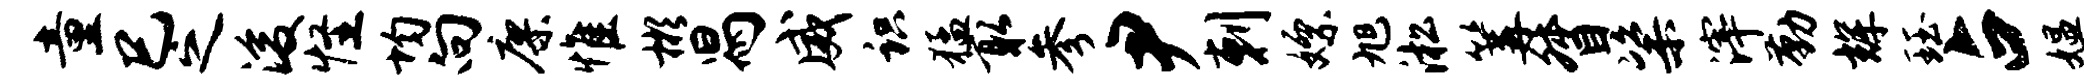
童巳之浚怪均向廖惟彬舄威识猛取参尹剌嫖旭淞篝督粢滓勤辉珏占媪